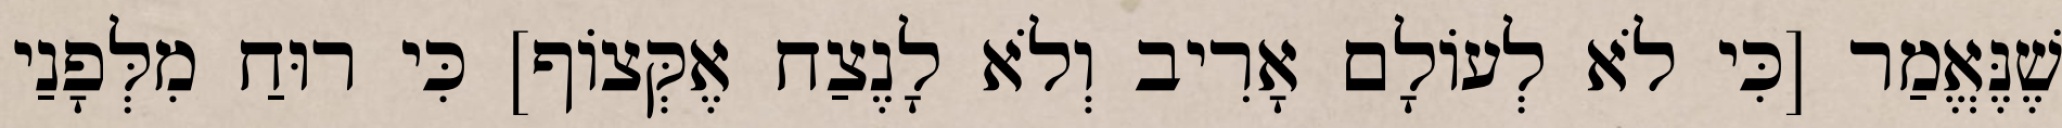
שֶׁנֶּאֱמַר [כִּי לֹא לְעוֹלָם אָרִיב וְלֹא לָנֶצַח אֶקְּצוֹף] כִּי רוּחַ מִלְּפָנַי